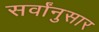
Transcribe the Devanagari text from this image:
सर्वांनुसार